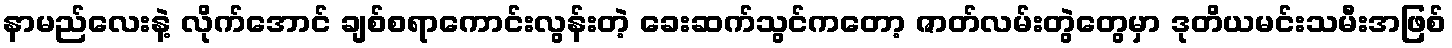
နာမည်လေးနဲ့ လိုက်အောင် ချစ်စရာကောင်းလွန်းတဲ့ ခေးဆက်သွင်ကတော့ ဇာတ်လမ်းတွဲတွေမှာ ဒုတိယမင်းသမီးအဖြစ်